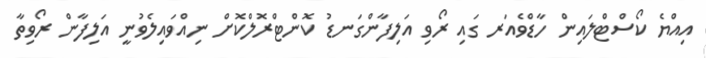
އިއްޔެ ކޯސްޓްލައިން ހާޑްވެއަރ ގައި ރޯވި އަލިފާންގަނޑު ކޮންޓްރޮލްކޮށް ނިއްވައިލެވުނީ އަލިފާން ރޯވިތާ